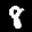
Label: 8